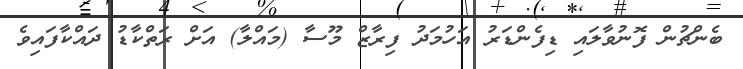
ބެންޗުން ފޮނުވާލައި ޑިފެންޑަރު އަހުމަދު ފިރާޒް މޫސާ (މައްލާ) އަށް ރަތްކާޑު ދައްކާފައިވެ